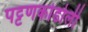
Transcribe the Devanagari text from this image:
पट्टणकोडोली